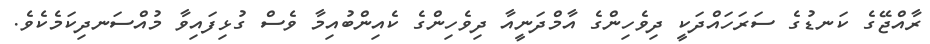
ރާއްޖޭގެ ކަނޑުގެ ސަރަހައްދަކީ ދިވެހިންގެ އާމްދަނީއާ ދިވެހިންގެ ކެއިންބުއިމާ ވެސް ގުޅިފައިވާ މުއްސަނދިކަމެކެވެ.